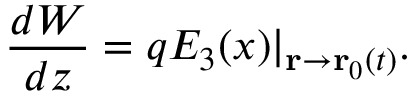
\frac { d W } { d z } = q E _ { 3 } ( x ) | _ { \mathbf { r } \rightarrow \mathbf { r } _ { 0 } ( t ) } .